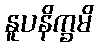
နူပနိက္ခမိ